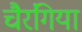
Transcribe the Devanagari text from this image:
चैरंगिया